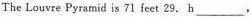
The Louvre Pyramid is 71 feet 29.h ___ ,